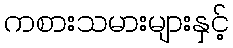
ကစားသမားများနှင့်